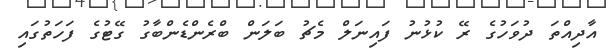
އާދިއްތަ ދުވަހުގެ ރޭ ކުޅުނު ފައިނަލް މެޗު ބަލަން ބްރެންޑެންބާގު ގޭޓުގެ ފަހަތުގައި